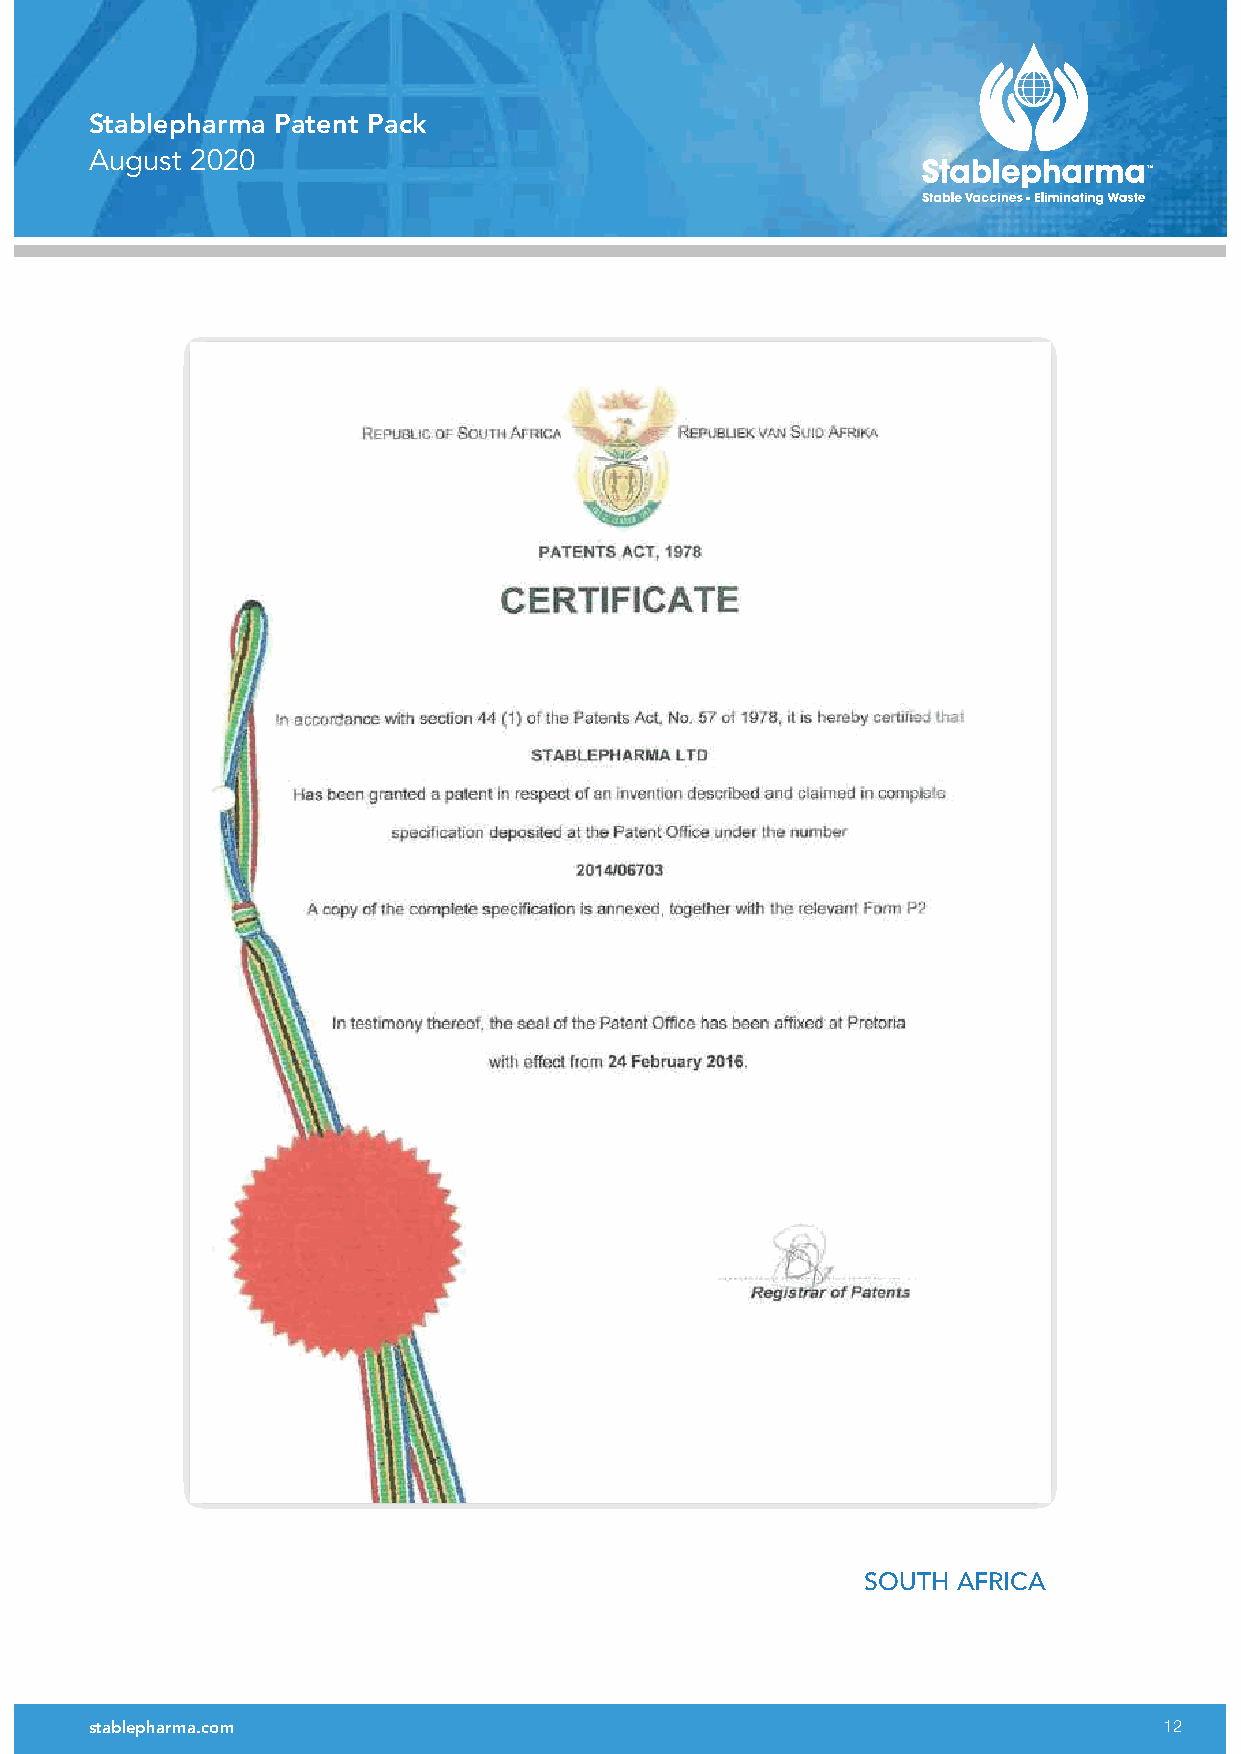
Stablepharma Patent Pack
 August 2020
 SOUTH AFRICA
 stablepharma.com                                                       12